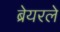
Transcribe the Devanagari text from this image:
ब्रेयरले